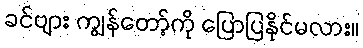
ခင်ဗျား ကျွန်တော့်ကို ပြောပြနိုင်မလား။